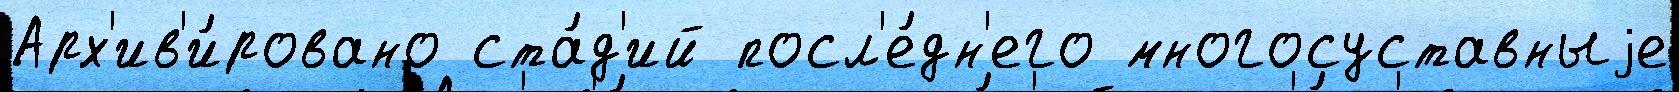
Арх'ив'и́ровано ста́д'ий посл'е́дн'его многосуставныjе